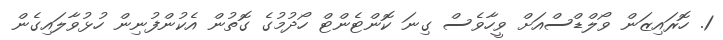
1. ހޮރައިޒަން ވޯލްޑްސްއަށް ވީހާވެސް ގިނަ ކޮންޓެންޓް ހޯދުމުގެ ގޮތުން އެކުންފުނިން ހުޅުވާލައިގެން